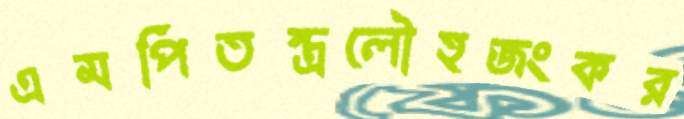
এমপিতন্ত্রলৌহজংকর